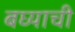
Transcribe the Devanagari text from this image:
बघ्याची